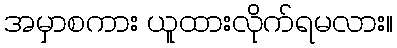
အမှာစကား ယူထားလိုက်ရမလား။